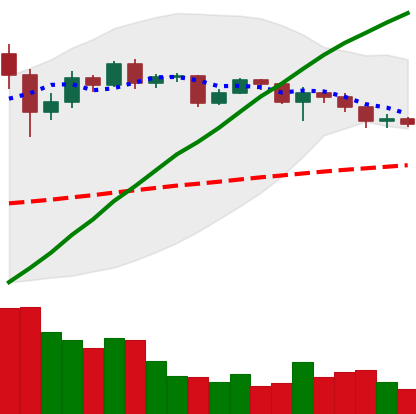
Ticker: XRP-USD
Chart end date: 2020-12-14
Forward return: 16.365%
Label: up_7plus